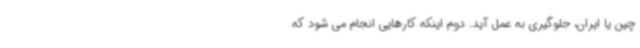
چین یا ایران، جلوگیری به عمل آید. دوم اینکه کارهایی انجام می شود که